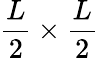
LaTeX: \frac{L}{2}\times\frac{L}{2}